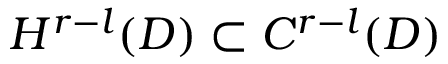
H ^ { r - l } ( D ) \subset C ^ { r - l } ( D )